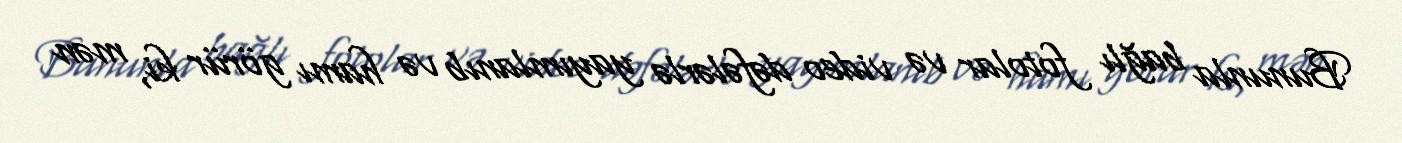
Bununla bağlı fotolar və video dəfələrlə yayımlanıb və hamı görür ki, mən